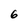
Character: 6